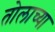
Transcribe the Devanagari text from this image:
तोलाच्या